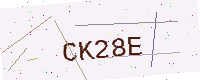
Text: CK28E